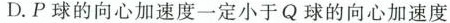
D.P球的向心加速度一定小于Q球的向心加速度